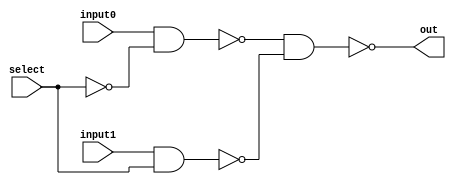
module mux_2x1(input0,input1,select,out);
input input1;
input input0;
input select;
output out;

wire selNot,nand1,nand2;

not(selNot,select);
nand(nand1,input0,selNot);
nand(nand2,input1,select);
nand(out,nand1,nand2);

endmodule